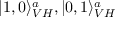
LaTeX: | 1 , 0 \rangle _ { V H } ^ { a } , | 0 , 1 \rangle _ { V H } ^ { a }